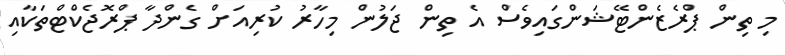
މި ތިން ޕްރެޒެންޓޭޝަންގައިވެސް އެ ތިން ޖަލުން މިހާރު ކުރިއަށް ގެންދާ ޕްރޮޖެކްޓްތަކާއި